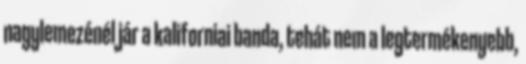
nagylemezénél jár a kaliforniai banda, tehát nem a legtermékenyebb,